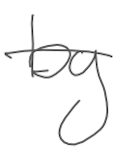
Text: by
Cross-out: single-line
Writing tool: digital_gray